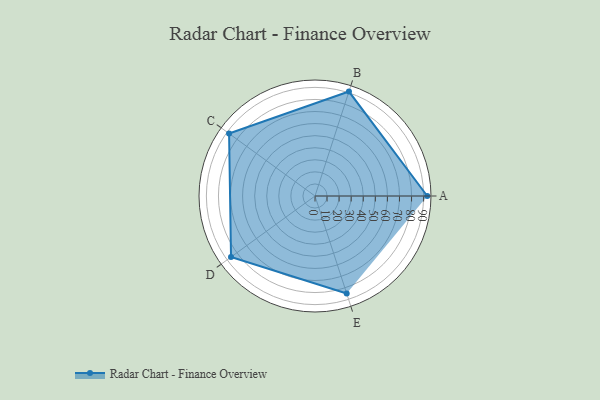
{"axis": {"x": "Skill", "y": "Score"}, "legend": ["Profile"], "data": [{"x": "A", "y": 93.0, "type": "Profile"}, {"x": "B", "y": 91.0, "type": "Profile"}, {"x": "C", "y": 88.0, "type": "Profile"}, {"x": "D", "y": 86.0, "type": "Profile"}, {"x": "E", "y": 85.0, "type": "Profile"}]}